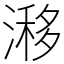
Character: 𣻗